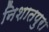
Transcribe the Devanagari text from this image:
निशातपुरा